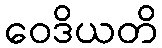
ဝေဒိယတိ